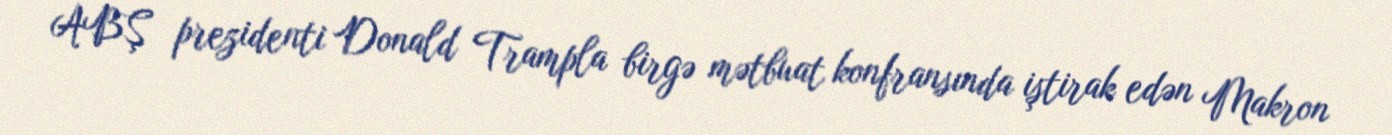
ABŞ prezidenti Donald Trampla birgə mətbuat konfransında iştirak edən Makron